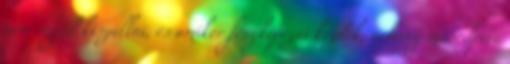
nem enged kiszállni, és amikor fényképezni kezdek, néhány másodperc